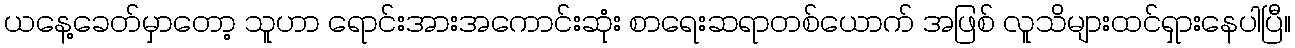
ယနေ့ခေတ်မှာတော့ သူဟာ ရောင်းအားအကောင်းဆုံး စာရေးဆရာတစ်ယောက် အဖြစ် လူသိများထင်ရှားနေပါပြီ။